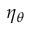
\eta _ { \theta }